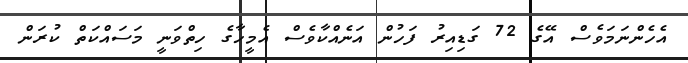
އެހެންނަމަވެސް އޭގެ 72 ގަޑިއިރު ފަހުން އަނެއްކާވެސް އެމީހާގެ ހިތްވަނީ މަސައްކަތް ކުރަން